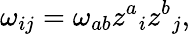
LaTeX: \omega_{ij}=\omega_{ab}z^{a}{}_{i}z^{b}{}_{j},